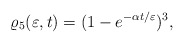
\begin{align*}\varrho_5(\varepsilon,t)=(1-e^{-\alpha t/\varepsilon})^3,\end{align*}